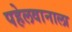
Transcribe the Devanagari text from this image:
पहेलवानाला